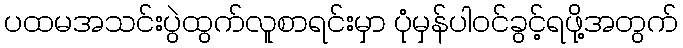
ပထမအသင်းပွဲထွက်လူစာရင်းမှာ ပုံမှန်ပါဝင်ခွင့်ရဖို့အတွက်